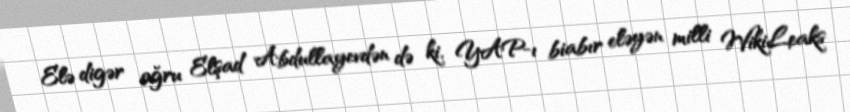
Elə digər oğru Elşad Abdullayevdən də ki, YAP-ı biabır eləyən milli WikiLeaks